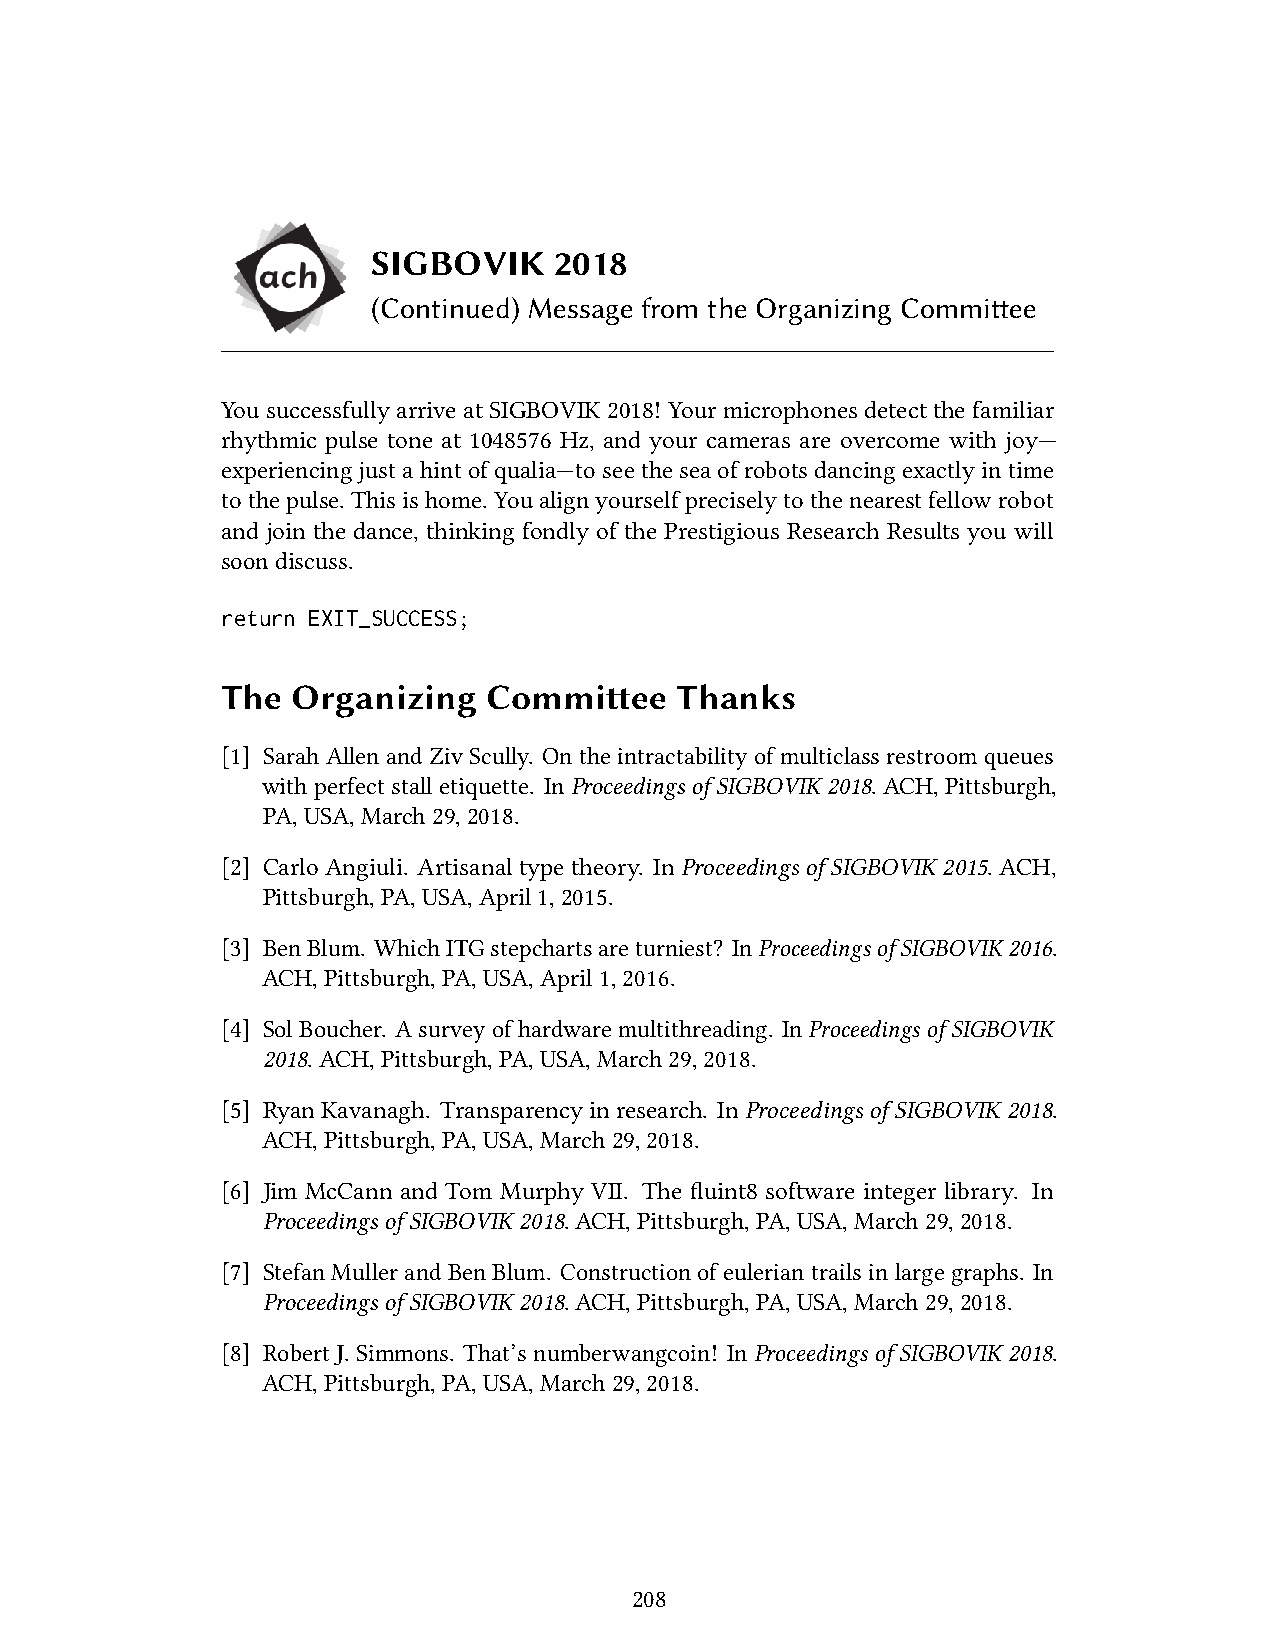
SIGBOVIK    2018
 (Continued) Message from the Organizing Committee
 You successfully arrive at SIGBOVIK 2018! Your microphones detect the familiar
 rhythmic pulse tone at 1048576 Hz, and your cameras are overcome with joy—
 experiencingjustahintofqualia—toseetheseaofrobotsdancingexactlyintime
 tothepulse.Thisishome.Youalignyourselfpreciselytothenearestfellowrobot
 and join the dance, thinking fondly of the Prestigious Research Results you will
 soondiscuss.
 return EXIT_SUCCESS;
 The Organizing   Committee    Thanks
 [1] SarahAllen andZiv Scully. Onthe intractabilityof multiclassrestroom queues
 withperfectstalletiquette. InProceedingsofSIGBOVIK2018.ACH,Pittsburgh,
 PA,USA,March29,2018.
 [2] CarloAngiuli. Artisanaltypetheory. InProceedingsofSIGBOVIK2015.ACH,
 Pittsburgh,PA,USA,April1,2015.
 [3] BenBlum. WhichITGstepchartsareturniest? InProceedingsofSIGBOVIK2016.
 ACH,Pittsburgh,PA,USA,April1,2016.
 [4] SolBoucher. Asurveyofhardwaremultithreading. InProceedingsofSIGBOVIK
 2018.ACH,Pittsburgh,PA,USA,March29,2018.
 [5] RyanKavanagh. Transparencyinresearch. InProceedingsofSIGBOVIK2018.
 ACH,Pittsburgh,PA,USA,March29,2018.
 [6] Jim McCann and Tom Murphy VII. The fluint8 software integer library. In
 ProceedingsofSIGBOVIK2018.ACH,Pittsburgh,PA,USA,March29,2018.
 [7] StefanMullerandBenBlum. Constructionofeuleriantrailsinlargegraphs. In
 ProceedingsofSIGBOVIK2018.ACH,Pittsburgh,PA,USA,March29,2018.
 [8] RobertJ.Simmons. That’snumberwangcoin! In ProceedingsofSIGBOVIK2018.
 ACH,Pittsburgh,PA,USA,March29,2018.
 208